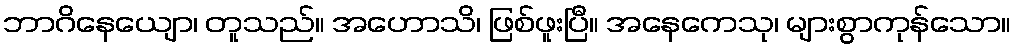
ဘာဂိနေယျော၊ တူသည်။ အဟောသိ၊ ဖြစ်ဖူးပြီ။ အနေကေသု၊ များစွာကုန်သော။